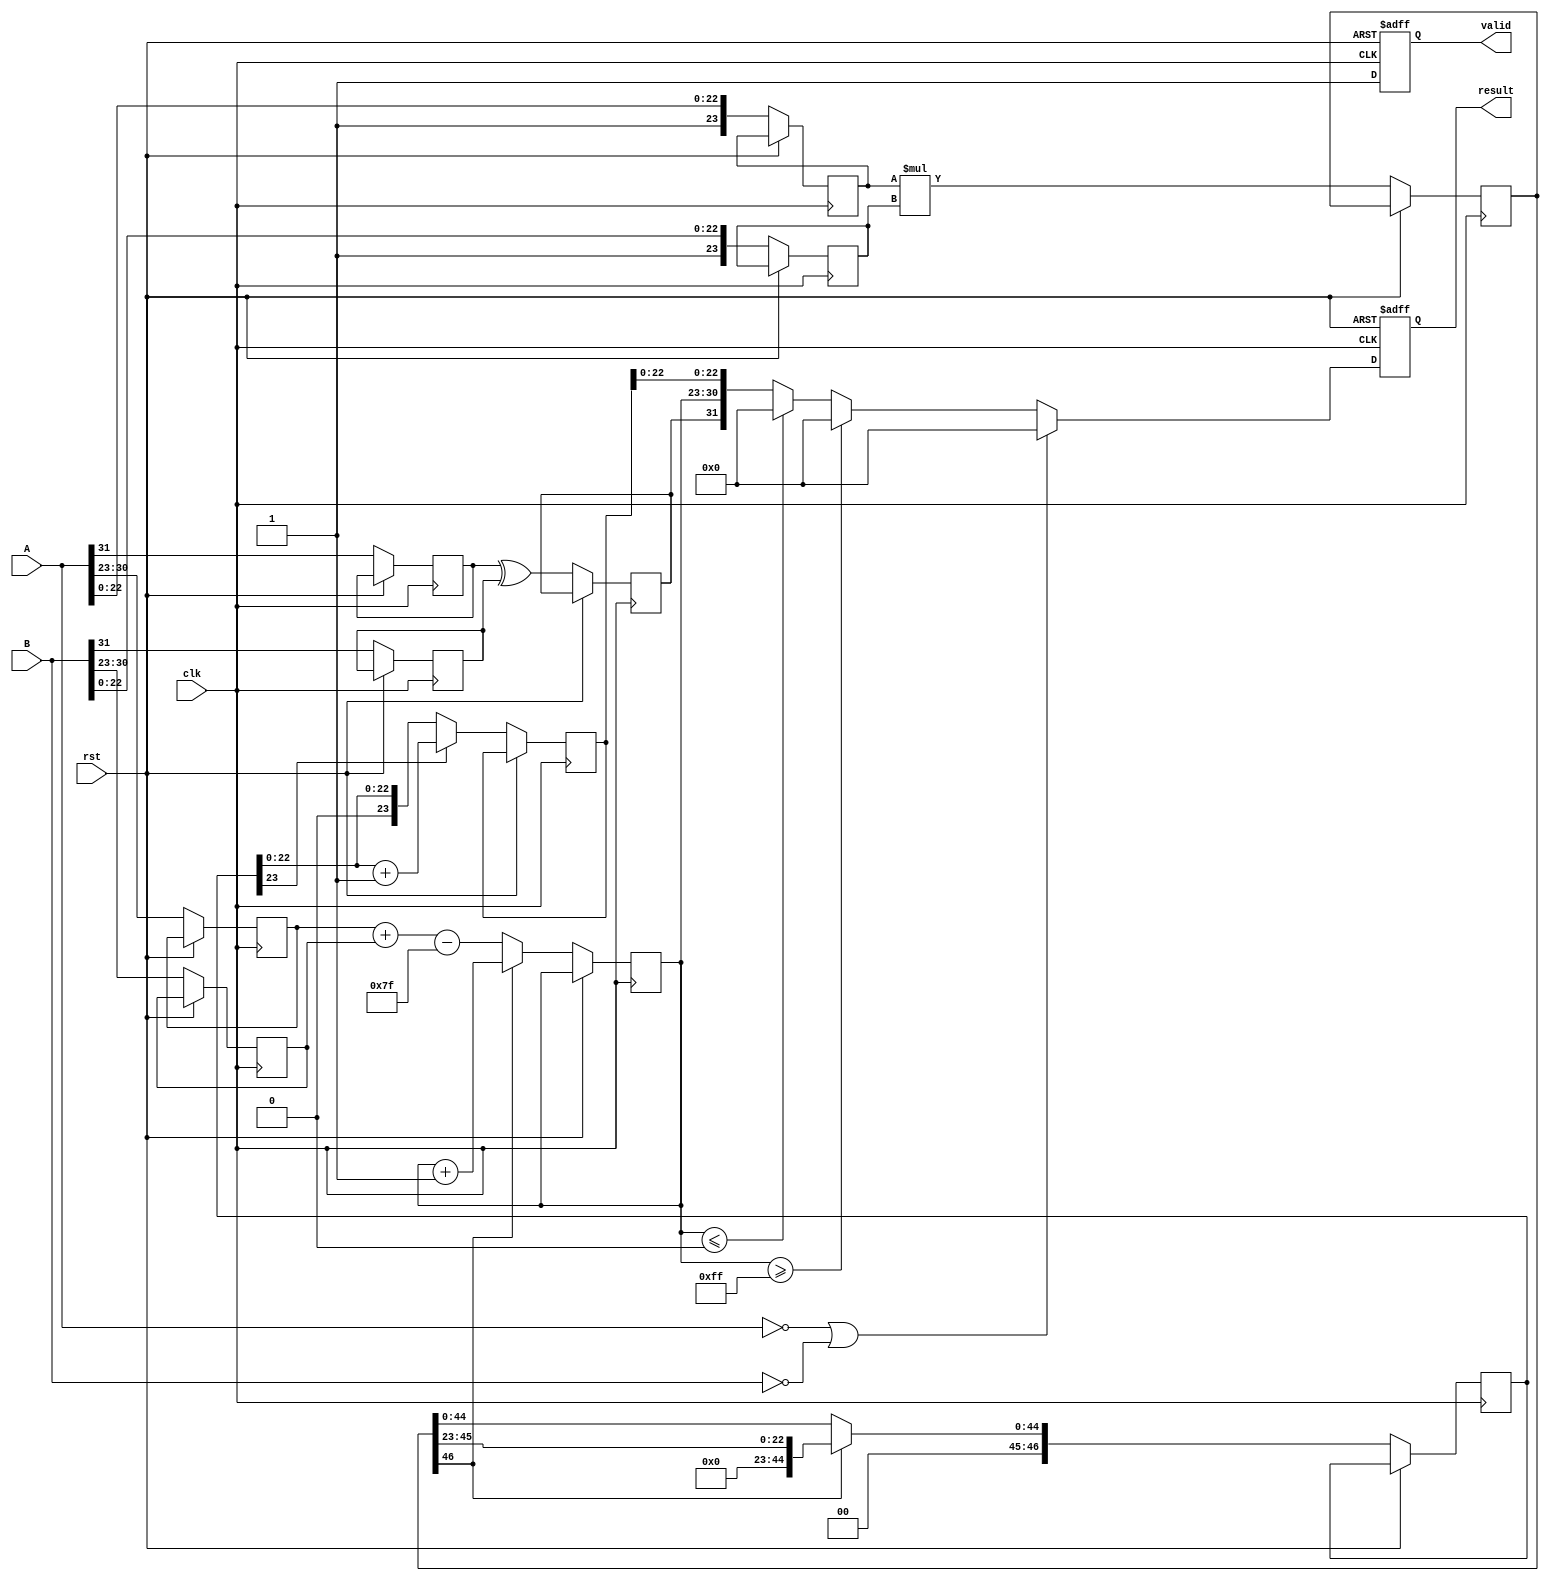
module floating_point_multiplier #(
    parameter E = 8, // Number of exponent bits
    parameter M = 23, // Number of mantissa bits
    parameter BIAS = 127 // Bias for the exponent
)(
    input wire clk,
    input wire rst,
    input wire [E + M:0] A, // A = {sign_A, exponent_A, mantissa_A}
    input wire [E + M:0] B, // B = {sign_B, exponent_B, mantissa_B}
    output reg [E + M:0] result, // result = {sign_product, exponent_product, mantissa_product}
    output reg valid // Indicates result is valid
);

    // Internal signals
    reg sign_A, sign_B;
    reg [E-1:0] exponent_A, exponent_B;
    reg [M:0] mantissa_A, mantissa_B; // M bits + implicit leading 1
    reg sign_product;
    reg [E-1:0] exponent_product;
    reg [2*M:0] mantissa_product; // 2M bits for multiplication
    reg [E-1:0] adjusted_exponent;
    reg [M:0] normalized_mantissa;
    reg [E-1:0] exponent_shift;
    reg [2*M:0] mantissa_shifted;
    reg [M:0] rounded_mantissa;

    // Extract components
    always @(posedge clk or posedge rst) begin
        if (rst) begin
            result <= 0;
            valid <= 0;
        end else begin
            // Step 1: Sign Calculation
            sign_A <= A[E + M];
            sign_B <= B[E + M];
            sign_product <= sign_A ^ sign_B;

            // Step 2: Exponent Calculation
            exponent_A <= A[E + M - 1:E + M - E];
            exponent_B <= B[E + M - 1:E + M - E];
            adjusted_exponent <= exponent_A + exponent_B - BIAS;

            // Step 3: Mantissa Multiplication
            mantissa_A <= {1'b1, A[M-1:0]}; // Implicit leading 1
            mantissa_B <= {1'b1, B[M-1:0]}; // Implicit leading 1
            mantissa_product <= mantissa_A * mantissa_B;

            // Step 4: Normalization
            if (mantissa_product[2*M]) begin // Check for overflow
                mantissa_shifted <= mantissa_product[2*M-1:M];
                adjusted_exponent <= adjusted_exponent + 1;
            end else begin
                mantissa_shifted <= mantissa_product[2*M-2:0];
            end

            // Step 5: Rounding
            // Simple round to nearest (even)
            if (mantissa_shifted[M]) begin
                rounded_mantissa <= mantissa_shifted[M-1:0] + 1;
            end else begin
                rounded_mantissa <= mantissa_shifted[M-1:0];
            end

            // Step 6: Handle special cases
            if (A == 0 || B == 0) begin
                result <= 0; // Zero multiplication
            end else if (adjusted_exponent >= (1 << E) - 1) begin
                result <= {sign_product, {(E-1){1'b1}}, 0}; // Infinity
            end else if (adjusted_exponent <= 0) begin
                result <= {sign_product, 0, 0}; // Zero or subnormal
            end else begin
                result <= {sign_product, adjusted_exponent, rounded_mantissa[M-1:0]};
            end

            valid <= 1; // Indicate valid result
        end
    end
endmodule